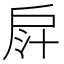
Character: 𢩄